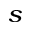
_ s